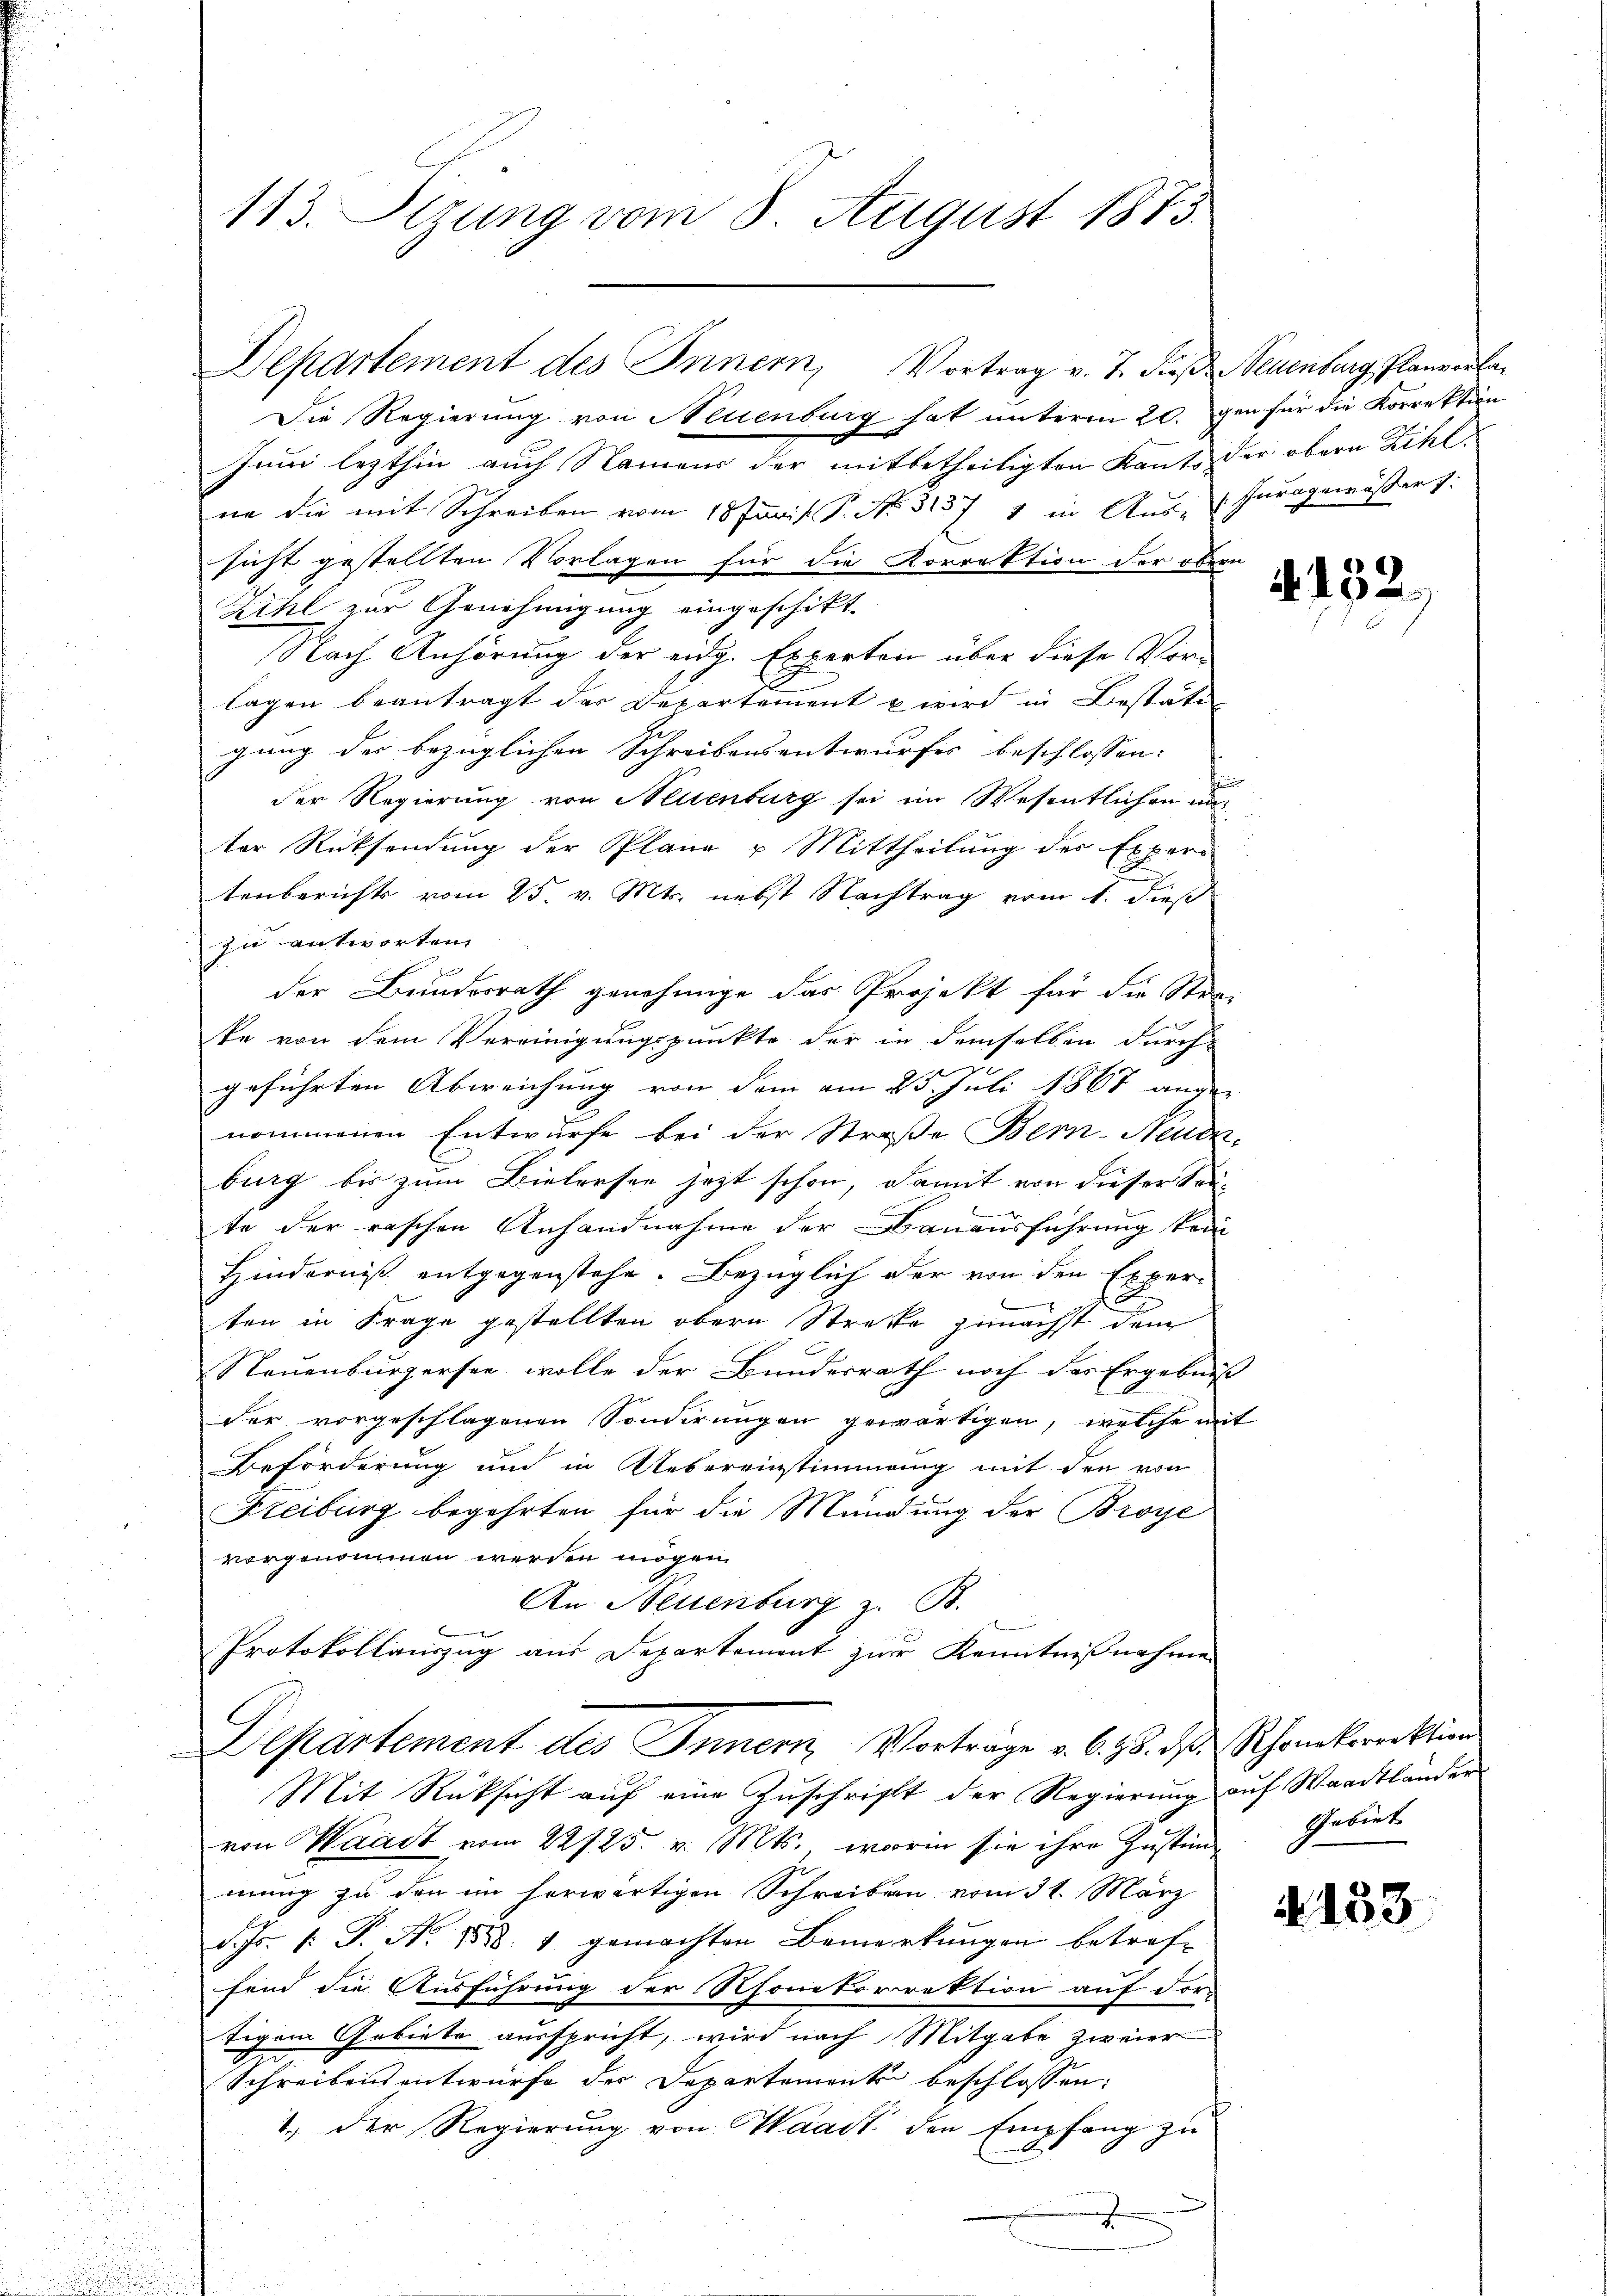
113. Stzung vom 8. August 1873.

Die Regierung von Neuenburg hat unterm 20. gen für die Korrektion
x
Juni lezthin auch Namens der mitbetheiligten Kants der obern Zihlne die mit Schreiben vom 18 Junis. P. Nr. 31571 in Aus- Iurrgemässers:
sicht gestellten Vorlagen für die Korrektion der ober
Zihl zur Genehmigung eingeschikt.
Nach Anhörung der eidg. Experten über diese Vor-
lagen beantragt des Departement u wird in Bestätung
gung der bezüglichen Schreibensentwurfes beschlossen:
der Regierung von Neuenburg sei im Wesentlichen auch
ter Rücksendung der Plane u Mittheilung des Exper
tenberichts vom 25. v. Mts. nebst Nachtrag vom 1. dieß
zu antworten,
der Bundesrath genehmige das Projekt für die Stra
ke von dem Vereinigungspunkte der in demselben durch
geführten Abweichung von dem am 25. Juli 1867 angen
nommenen Entwurfe bei der Straße Ber-Neude
burg bis zum Bielersee jezt schon, damit von dieser Sau-
6
te der raschen Anhandnahme der Bauausführung kein
Hinderniß entgegenstehe. Bezüglich der von den Experten in Frage gestellten obern Strette zunächst dem
Neuenburgersee wolle der Bundesrath noch des Ergebnis
der vorgeschlagenen Sonderungen gewärtigen, welche mit
Beförderung um in Uebereinstimmung mit den von
Freiburg begehrten für die Mündung der Broye
vorgenommen werden mögen.
An: Neuenburg z. B.
Protokollauszug aus Departement zur Kenntnißnahme
Departement des Innern Vorträge v. 6. 78. ds. Rhonkorrektion
Mit Rüksicht auf eine Zuschrift der Regierung auf Waadtländer
von Waadt vom 22725. v. Mts., worin sie ihre Zustim Gebiet
mung zu den im herwärtigen Schreiben vom 31. März
d. Js. v. P. Nr. 1888. 1 gemachten Bemerkŭngen betrof-
fend die Ausführung der Rhonetorrektion auf vor-
tigem Gebiete ausspricht, wird nach Mitgabe zweier
Schreibensentwurfe des Departemente beschlossen:
1.) Der Regierung von Waadt, den Empfang zu
.

Departement des Innern, Vortrag v. J. diese Neuenburg Planvorla¬

dere
t
E
2

A. 152.

2153